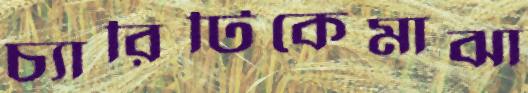
চ্যারিটিকেমাঝা